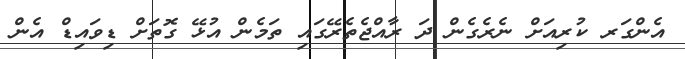
އެންގަރ ކުރިއަށް ނެރެގެން ދަ ރާއްޖެތެރޭގައި ތަމެން އުޅޭ ގޮތަށް ޑިވައިޑް އެން